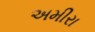
અમીરા